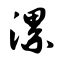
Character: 漯